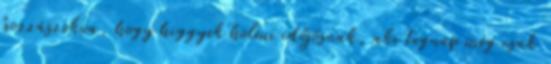
hozzászokva, hogy higgyek holmi időjósnak, aki tegnap még csak